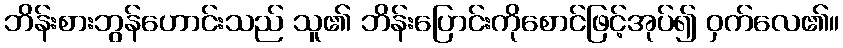
ဘိန်းစားဘွန်ဟောင်းသည် သူ၏ ဘိန်းပြောင်းကိုစောင်ဖြင့်အုပ်၍ ဝှက်လေ၏။